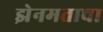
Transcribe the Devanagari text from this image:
झेनमताचा